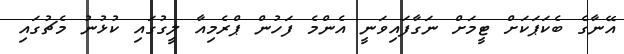
އޭނާގެ ބެކަޕަކަށް ޓީމަށް ނަގާފައިވަނީ އެންމެ ފަހުން ޕްރެމިއާ ލީގުގައި ކުޅުނު މެޗުގައި